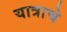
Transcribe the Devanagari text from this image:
यात्राचे